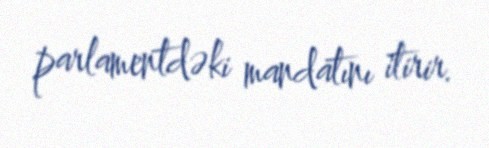
parlamentdəki mandatını itirir.